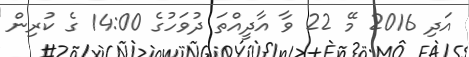
އަދި 2016 މޭ 22 ވާ އާދީއްތަ ދުވަހުގެ 14:00 ގެ ކުރިން